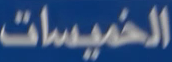
الخُميسات